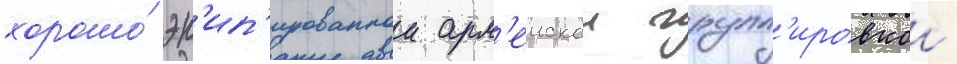
хорошо́ эк'ип'ированнои арм'еискои групп'ировкои